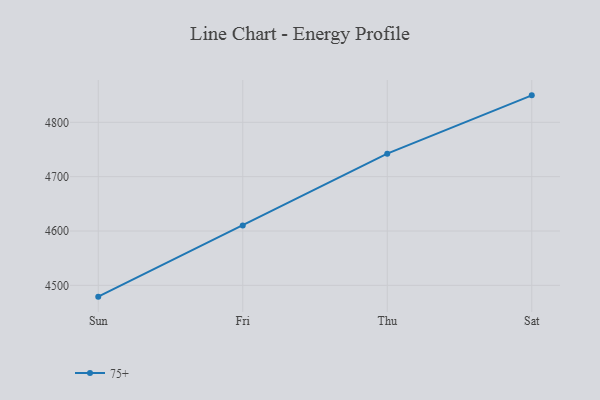
{"axis": {"x": "Day", "y": "Humidity (%)"}, "legend": ["75+"], "data": [{"x": "Sun", "y": 4479.2, "type": "75+"}, {"x": "Fri", "y": 4610.2, "type": "75+"}, {"x": "Thu", "y": 4742.3, "type": "75+"}, {"x": "Sat", "y": 4849.6, "type": "75+"}]}